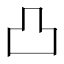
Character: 凸